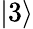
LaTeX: \left|3\right>